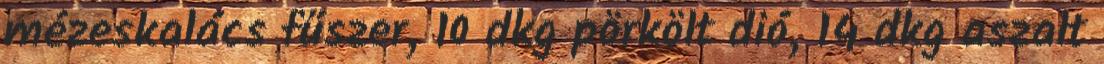
mézeskalács fűszer, 10 dkg pörkölt dió, 14 dkg aszalt